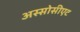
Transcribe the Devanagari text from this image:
अस्सोसीएट